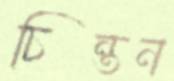
চিন্তন